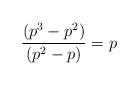
LaTeX: \begin{align*}\frac{(p^3-p^2)}{(p^2-p)} = p\end{align*}